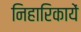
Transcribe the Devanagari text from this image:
निहारिकायें